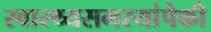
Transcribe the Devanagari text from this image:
स्वास्थ्यसमस्यांपैकी